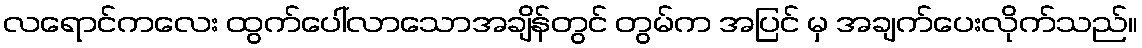
လရောင်ကလေး ထွက်ပေါ်လာသောအချိန်တွင် တွမ်က အပြင် မှ အချက်ပေးလိုက်သည်။